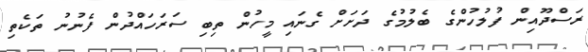
ރަސްދޫއިން ފުލުހުންގެ ބެލުމުގެ ދަށަށް ގެނައި މީހުން ތިބި ސަރަހައްދުން ފެނުނު ތަކެތި